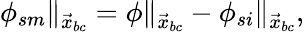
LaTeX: \begin{array}{r}{\phi_{sm}\| _{\vec{x}_{bc}}=\phi\| _{\vec{x}_{bc}}-\phi_{si}\| _{\vec{x}_{bc}},}\end{array}